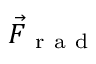
\vec { { \cal F } } _ { \mathrm { ~ r ~ a ~ d ~ } }